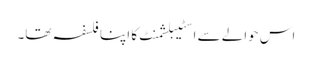
اس حوالے سے اسٹیبلشمنٹ کا اپنا فلسفہ تھا۔